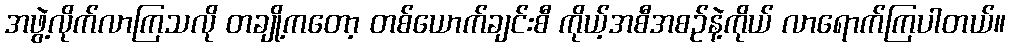
အဖွဲ့လိုက်လာကြသလို တချို့ကတော့ တစ်ယောက်ချင်းစီ ကိုယ့်အစီအစဉ်နဲ့ကိုယ် လာရောက်ကြပါတယ်။